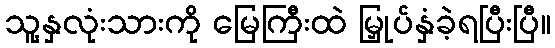
သူ့နှလုံးသားကို မြေကြီးထဲ မြှုပ်နှံခဲ့ရပြီးပြီ။